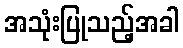
အသုံးပြုသည့်အခါ